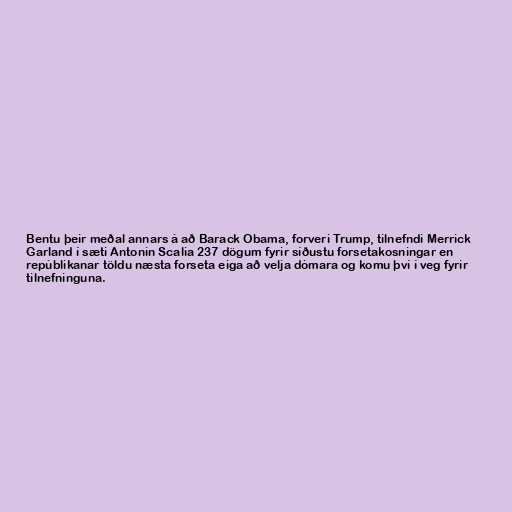
Bentu þeir meðal annars á að Barack Obama, forveri Trump, tilnefndi Merrick
Garland í sæti Antonin Scalia 237 dögum fyrir síðustu forsetakosningar en
repúblikanar töldu næsta forseta eiga að velja dómara og komu því í veg fyrir
tilnefninguna.